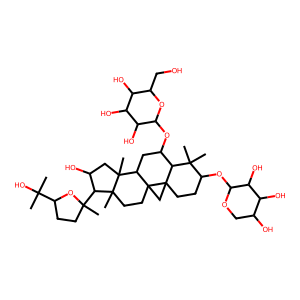
SMILES: CC(C)(O)C1CCC(C)(C2C(O)CC3(C)C4CC(OC5OC(CO)C(O)C(O)C5O)C5C(C)(C)C(OC6OCC(O)C(O)C6O)CCC56CC46CCC23C)O1
Inhibits HIV replication: No